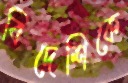
বিদেশিকে